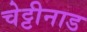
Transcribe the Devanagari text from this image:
चेट्टीनाड